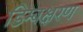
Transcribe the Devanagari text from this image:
डिम्बक्षरण